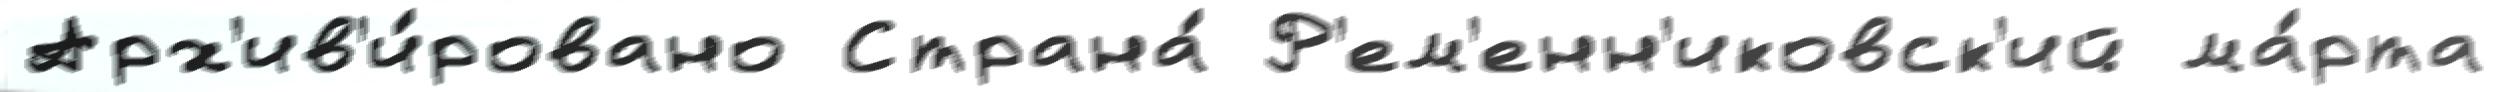
Арх'ив'и́ровано Страна́ Р'ем'енн'иковск'ий ма́рта